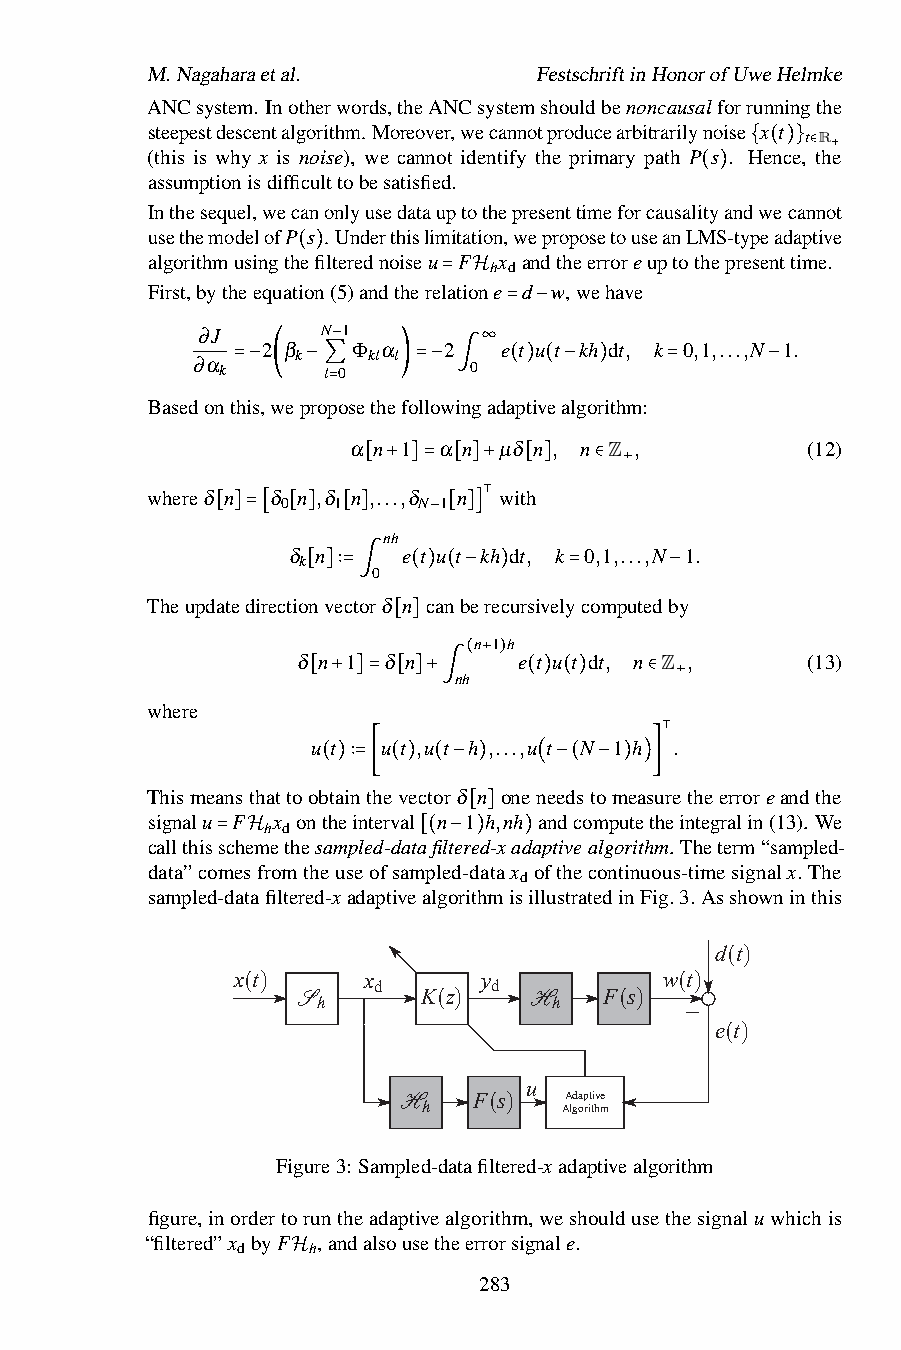
M.Nagaharaetal.           FestschriftinHonorofUweHelmke
 ANCsystem. Inotherwords,theANCsystemshouldbenoncausalforrunningthe
 steepestdescentalgorithm.Moreover,wecannotproducearbitrarilynoise x t t R+
 (this is why x is noise), we cannot identify the primary path P s . Hence, the
 assumptionisdifficulttobesatisfied.     { ( )}∈
 ( )
 Inthesequel,wecanonlyusedatauptothepresenttimeforcausalityandwecannot
 usethemodelofP s .Underthislimitation,weproposetouseanLMS-typeadaptive
 algorithmusingthefilterednoiseu F x andtheerroreuptothepresenttime.
 h d
 ( )
 First,bytheequation(5)andtherelatione d w,wehave
 = H
 ∂J      N 1          = −
 2 β   Φ α   2   e t u t kh dt, k 0,1,...,N 1.
 k   kl l
 ∂α k    l− 0      0∞
 Basedont= hi− s,w( ep− ro∑ p=osethe) fo= llo− wi∫ngada( p) tiv( ea− lgor)
 ithm:
 =      −
 α n 1 α n µδ n , n Z ,        (12)
 whereδ n δ n ,δ n[,..+.,δ]= [n]+wit[h ] ∈ +
 0  1     N 1
 ⊺
 [ ]=[ [ ] [ ] nh − [ ]]
 δ n     e t u t kh dt, k 0,1,...,N 1.
 k
 0
 Theupdatedirectio[nv]e∶=ct∫orδ n(c)an(b−ere)cursively=computedb−y
 n 1 h
 δ n 1 δ[ n]   e t u t dt, n Z ,  (13)
 nh( + )
 where     [ + ]= [ ]+∫   ( ) ( ) ∈ +
 u t u t ,u t h ,...,u t N 1 h .
 ⊺
 Thismeansthattoob(ta)i∶n=t[he(v)ecto(r−δ n) onen(e−ed(sto−m)ea)s]uretheerroreandthe
 signalu F x ontheinterval n 1 h,nh andcomputetheintegralin(13). We
 h d
 callthisschemethesampled-datafilter[ed]-xadaptivealgorithm. Theterm“sampled-
 data”co=mesHfromtheuseofsam[p(le−d-d)atax)ofthecontinuous-timesignalx. The
 d
 sampled-datafiltered-xadaptivealgorithmisillustratedinFig.3. Asshowninthis
 d(t)
 x(t)     x       y           w(t)
 d      d
 S       K(z)   H    F(s)
 h               h
 − e(t)
 u
 H    F(s)  Adaptive
 h        Algorithm
 Figure3: Sampled-datafiltered-xadaptivealgorithm
 figure,inordertoruntheadaptivealgorithm,weshouldusethesignaluwhichis
 “filtered”x byF ,andalsousetheerrorsignale.
 d   h
 H            283